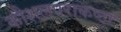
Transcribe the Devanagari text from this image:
कौशलपराकष्ठा